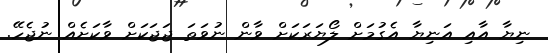
ނިޔާ އާއި އަނިޔާ އެގުމަށް ލޯޔަރަކަށް ވާން ނުވަތަ ޖަޖަކަށް ވާކަަށެއް ނުޖެހޭ.